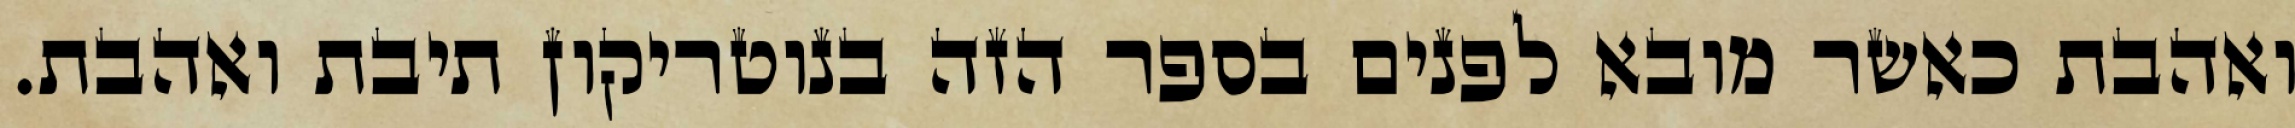
ואהבת כאשר מובא לפנים בספר הזה בנוטריקון תיבת ואהבת.